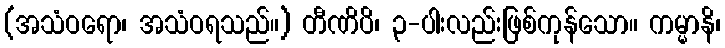
(အသံဝရော၊ အသံဝရသည်။) တီဏိပိ၊ ၃-ပါးလည်းဖြစ်ကုန်သော။ ကမ္မာနိ၊